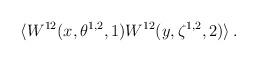
LaTeX: \begin{align*} \langle W^{12}(x,\theta^{1,2},1) W^{12}(y,\zeta^{1,2},2) \rangle \, .\end{align*}